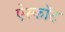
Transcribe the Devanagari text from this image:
ऐस्कॉट